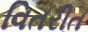
વિતરીત